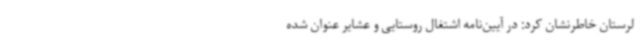
لرستان خاطرنشان کرد: در آیین‌نامه اشتغال روستایی و عشایر عنوان شده